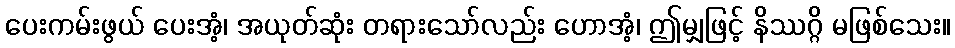
ပေးကမ်းဖွယ် ပေးအံ့၊ အယုတ်ဆုံး တရားသော်လည်း ဟောအံ့၊ ဤမျှဖြင့် နိဿဂ္ဂိ မဖြစ်သေး။